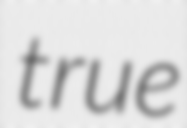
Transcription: true